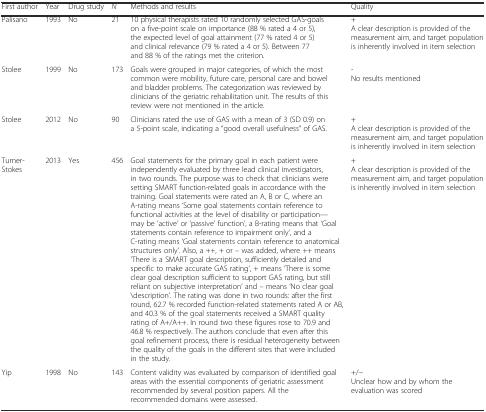
| First author | Year | Drug study | N | Methods and results | Quality |
 | --- | --- | --- | --- | --- | --- |
 | Palisano | 1993 | No | 21 | 10 physical therapists rated 10 randomly selected GAS-goals on a five-point scale on importance (88 % rated a 4 or 5), the expected level of goal attainment (77 % rated 4 or 5) and clinical relevance (79 % rated a 4 or 5). Between 77 and 88 % of the ratings met the criterion. | +A clear description is provided of the measurement aim, and target population is inherently involved in item selection |
 | Stolee | 1999 | No | 173 | Goals were grouped in major categories, of which the most common were mobility, future care, personal care and bowel and bladder problems. The categorization was reviewed by clinicians of the geriatric rehabilitation unit. The results of this review were not mentioned in the article. | -No results mentioned |
 | Stolee | 2012 | No | 90 | Clinicians rated the use of GAS with a mean of 3 (SD 0.9) on a 5-point scale, indicating a “good overall usefulness” of GAS. | +A clear description is provided of the measurement aim, and target population is inherently involved in item selection |
 | Turner-Stokes | 2013 | Yes | 456 | Goal statements for the primary goal in each patient were independently evaluated by three lead clinical investigators, in two rounds. The purpose was to check that clinicians were setting SMART function-related goals in accordance with the training. Goal statements were rated an A, B or C, where an A-rating means ‘Some goal statements contain reference to functional activities at the level of disability or participation—may be ‘active’ or ‘passive’ function’, a B-rating means that ‘Goal statements contain reference to impairment only’, and a C-rating means ‘Goal statements contain reference to anatomical structures only’. Also, a ++, + or – was added, where ++ means ‘There is a SMART goal description, sufficiently detailed and specific to make accurate GAS rating’, + means ‘There is some clear goal description sufficient to support GAS rating, but still reliant on subjective interpretation’ and – means ‘No clear goal \description’. The rating was done in two rounds: after the first round, 62.7 % recorded function-related statements rated A or AB, and 40.3 % of the goal statements received a SMART quality rating of A+/A++. In round two these figures rose to 70.9 and 46.8 % respectively. The authors conclude that even after this goal refinement process, there is residual heterogeneity between the quality of the goals in the different sites that were included in the study. | +A clear description is provided of the measurement aim, and target population is inherently involved in item selection |
 | Yip | 1998 | No | 143 | Content validity was evaluated by comparison of identified goal areas with the essential components of geriatric assessment recommended by several position papers. All the recommended domains were assessed. | +/−Unclear how and by whom the evaluation was scored |